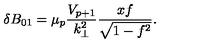
\delta B _ { 0 1 } = { \mu _ { p } } \frac { V _ { p + 1 } } { k _ { \bot } ^ { 2 } } \frac { x f } { \sqrt { 1 - f ^ { 2 } } } .